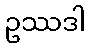
ဥဿဒါ